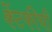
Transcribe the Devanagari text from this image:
केंटकीची